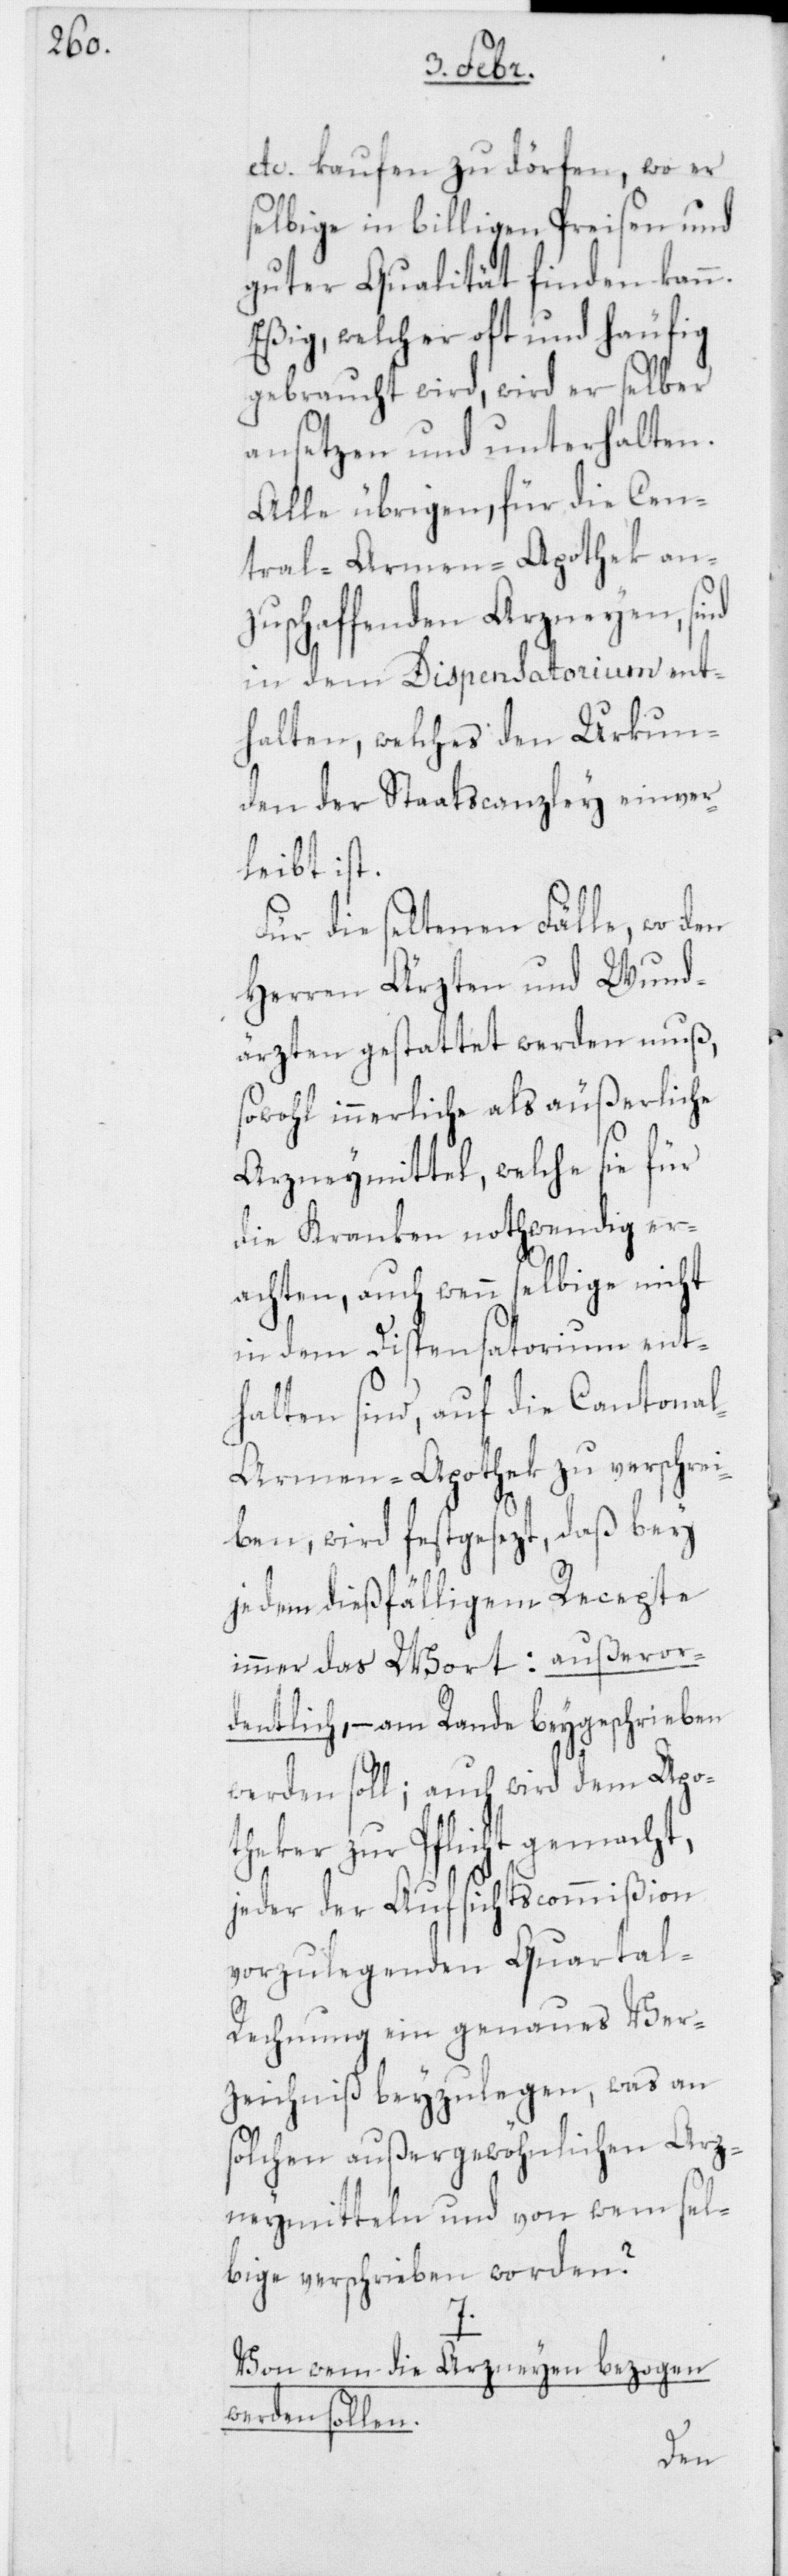
etc. kaufen zu dörfen, wo er
selbige in billigen Preisen und
guter Qualität finden kann.
Eßig, welcher oft und häufig
gebraucht wird, wird er selber
ansetzen und unterhalten.
Alle übrigen, für die Cen¬
tral-Armen-Apothek an¬
zuschaffenden Arzneyen, sind
halten, welches den Urkun¬
den der Staatscanzley einver¬
leibt ist.
Für die seltenen Fälle, wo den
Herren Ärzten und Wund¬
ärzten gestattet werden muß,
sowohl innerliche als äußerliche
Arzneymittel, welche sie für
die Kranken nothwendig er¬
achten, auch wenn selbige nicht
in dem Dispensatorium ent¬
halten sind, auf die Cantona¬
l-Armen-Apothek zu verschrei¬
ben, wird festgesezt, daß bey
jedem dießfälligem Recepte
immer das Wort: außeror¬
dentlich, – am Rande beygeschrieben
werden soll; auch wird dem Apo¬
theker zur Pflicht gemacht,
jeder der Aufsichtscommißion
vorzulegenden Quartal-R¬
echnung ein genaues Ver¬
zeichniß beyzulegen, was an
solchen außergewöhnlichen Arz¬
neymitteln und von wem sel¬
bige verschrieben worden?
7.
Von wem die Arzneyen bezogen
werden sollen.